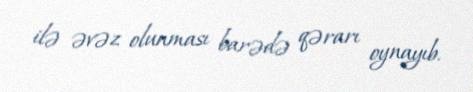
ilə əvəz olunması barədə qərarı oynayıb.